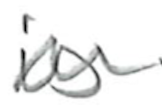
Text: is
Cross-out: wave
Writing tool: pencil